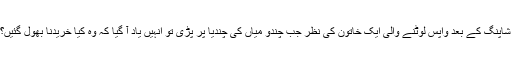
شاپنگ کے بعد واپس لوٹنے والی ایک خاتون کی نظر جب چندو میاں کی چندیا پر پڑی تو انہیں یاد آ گیا کہ وہ کیا خریدنا بھول گئیں؟